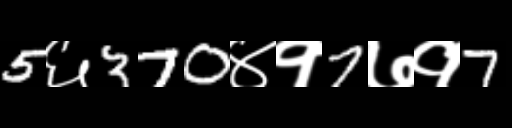
Text: 5६370४१7७१7